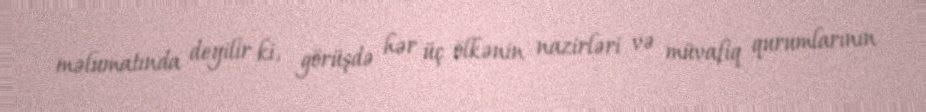
məlumatında deyilir ki, görüşdə hər üç ölkənin nazirləri və müvafiq qurumlarının